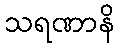
သရဏာနိ